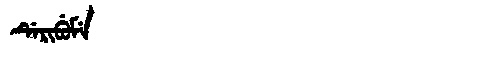
Manchu: ᡩᡝᡵᡳᠪᡠᠮᡝ
Romanization: DERIBUME